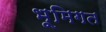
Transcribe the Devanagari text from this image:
भूमिगत